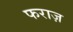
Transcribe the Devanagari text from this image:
फराज़